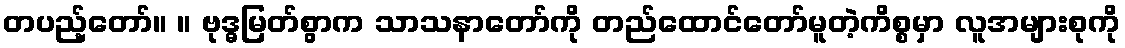
တပည့်တော်။ ။ ဗုဒ္ဓမြတ်စွာက သာသနာတော်ကို တည်ထောင်တော်မူတဲ့ကိစ္စမှာ လူအများစုကို